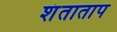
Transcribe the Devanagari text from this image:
शंताताप